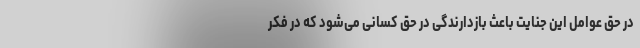
در حق عوامل این جنایت باعث بازدارندگی در حق کسانی می‌شود که در فکر